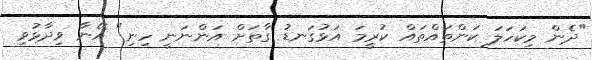
"ދެން މިކަހަލަ ކަންތައްތައް ކުރީމަ އަޅުގަނޑު ގާތަށް އަންނަނީ ހިނި" އޭނާ ވިދާޅުވި